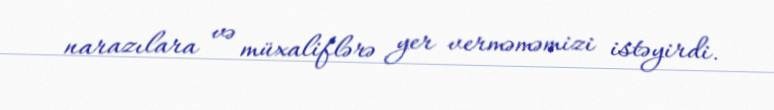
narazılara və müxaliflərə yer verməməmizi istəyirdi.